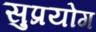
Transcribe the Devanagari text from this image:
सुप्रयोग